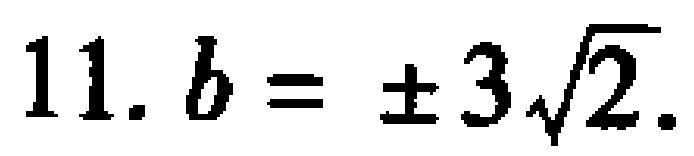
11. $b = \pm 3\sqrt{2}$.